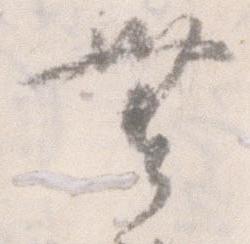
無